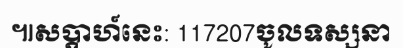
៕សប្តាហ៍នេះ: 117207ចូលទស្សនា